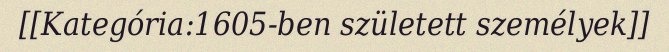
[[Kategória:1605-ben született személyek]]